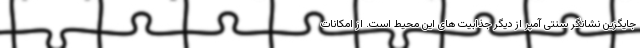
جایگزین نشانگر سنتی آمپر از دیگر جذابیت های این محیط است. از امکانات